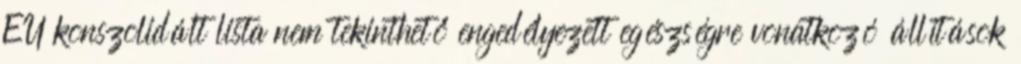
EU konszolidált lista nem tekinthető engedélyezett egészségre vonatkozó állítások